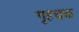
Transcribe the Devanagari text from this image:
गृहचक्र